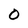
Character: 0